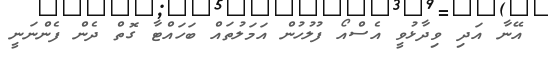
އޭނާ އަދި ވިދާޅުވީ އެސްއޯ ފުލުހުން އަމަލުތައް ބަހައްޓާ ގޮތް ދެން ފެންނަނީ